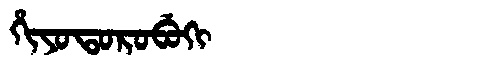
Manchu: ᡥᡳᠶᠣᡨᠣᡵᠣᠪᡠᡴᡳ
Romanization: HIYOTOROBUKI